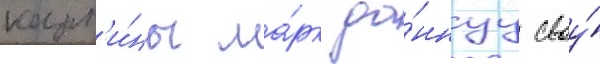
карт'и́ны ма́рк да́ннуу своу́